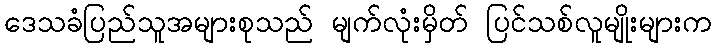
ဒေသခံပြည်သူအများစုသည် မျက်လုံးမှိတ် ပြင်သစ်လူမျိုးများက